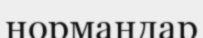
нормандар